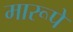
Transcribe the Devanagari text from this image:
मारूपे